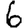
Digit: 6